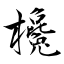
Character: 欃